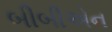
બીબીએન